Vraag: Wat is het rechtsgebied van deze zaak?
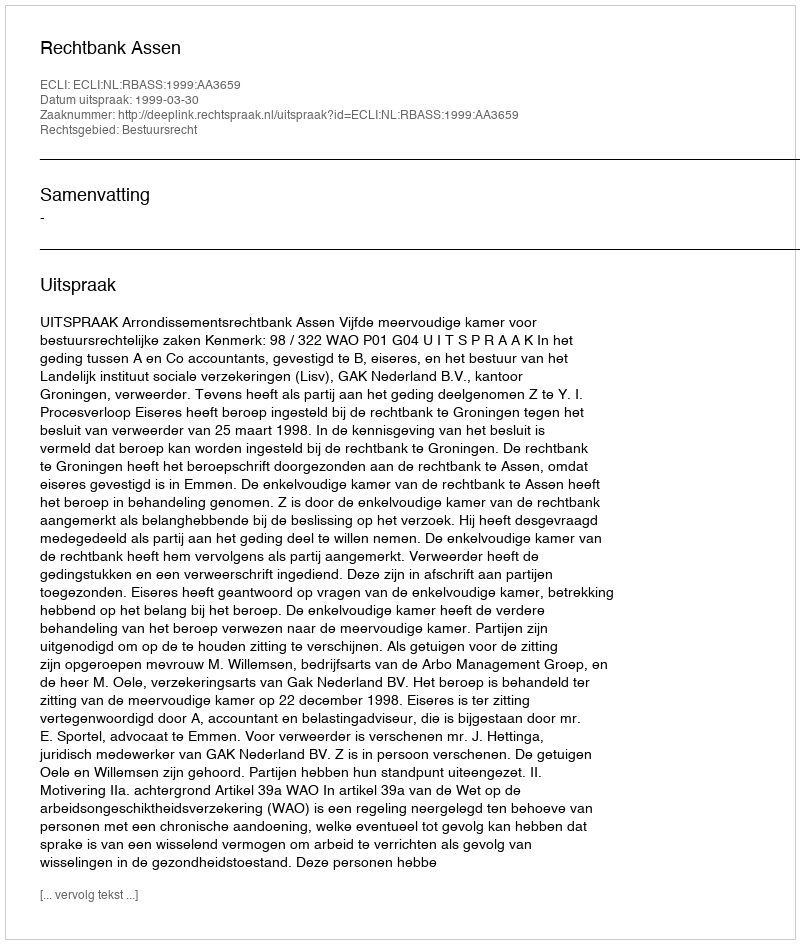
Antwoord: Bestuursrecht